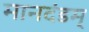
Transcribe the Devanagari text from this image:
मानदंडम्